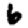
Digit: 6